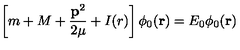
\left[ m + M + \frac { { \bf p } ^ { 2 } } { 2 \mu } + I ( r ) \right] \phi _ { 0 } ( { \bf r } ) = E _ { 0 } \phi _ { 0 } ( { \bf r } )